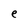
Character: e